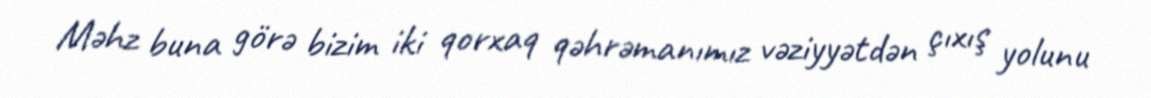
Məhz buna görə bizim iki qorxaq qəhrəmanımız vəziyyətdən çıxış yolunu